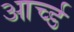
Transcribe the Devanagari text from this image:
आर्च्ड